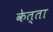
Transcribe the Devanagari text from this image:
केत्ता